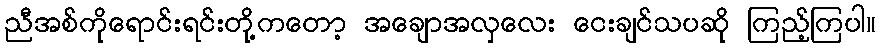
ညီအစ်ကိုရောင်းရင်းတို့ကတော့ အချောအလှလေး ငေးချင်သပဆို ကြည့်ကြပါ။